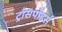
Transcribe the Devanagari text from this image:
ट्रांसपोंडर्स